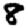
Digit: 8